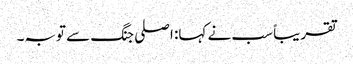
تقریباً سب نے کہا: اصلی جنگ سے توبہ۔